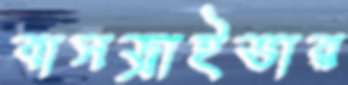
বাসড্রাইভার